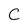
Character: C